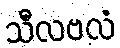
သီလဗလံ